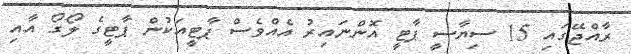
ރާއްޖޭގައި 15 ސިޔާސީ ޕާޓީ އޮންނައިރު އެއްވެސް ޕާޓީއަކުން ޕާޓީގެ ލޯގޯ އާއި